Pusta,_Kaarel_Robert, lk 25
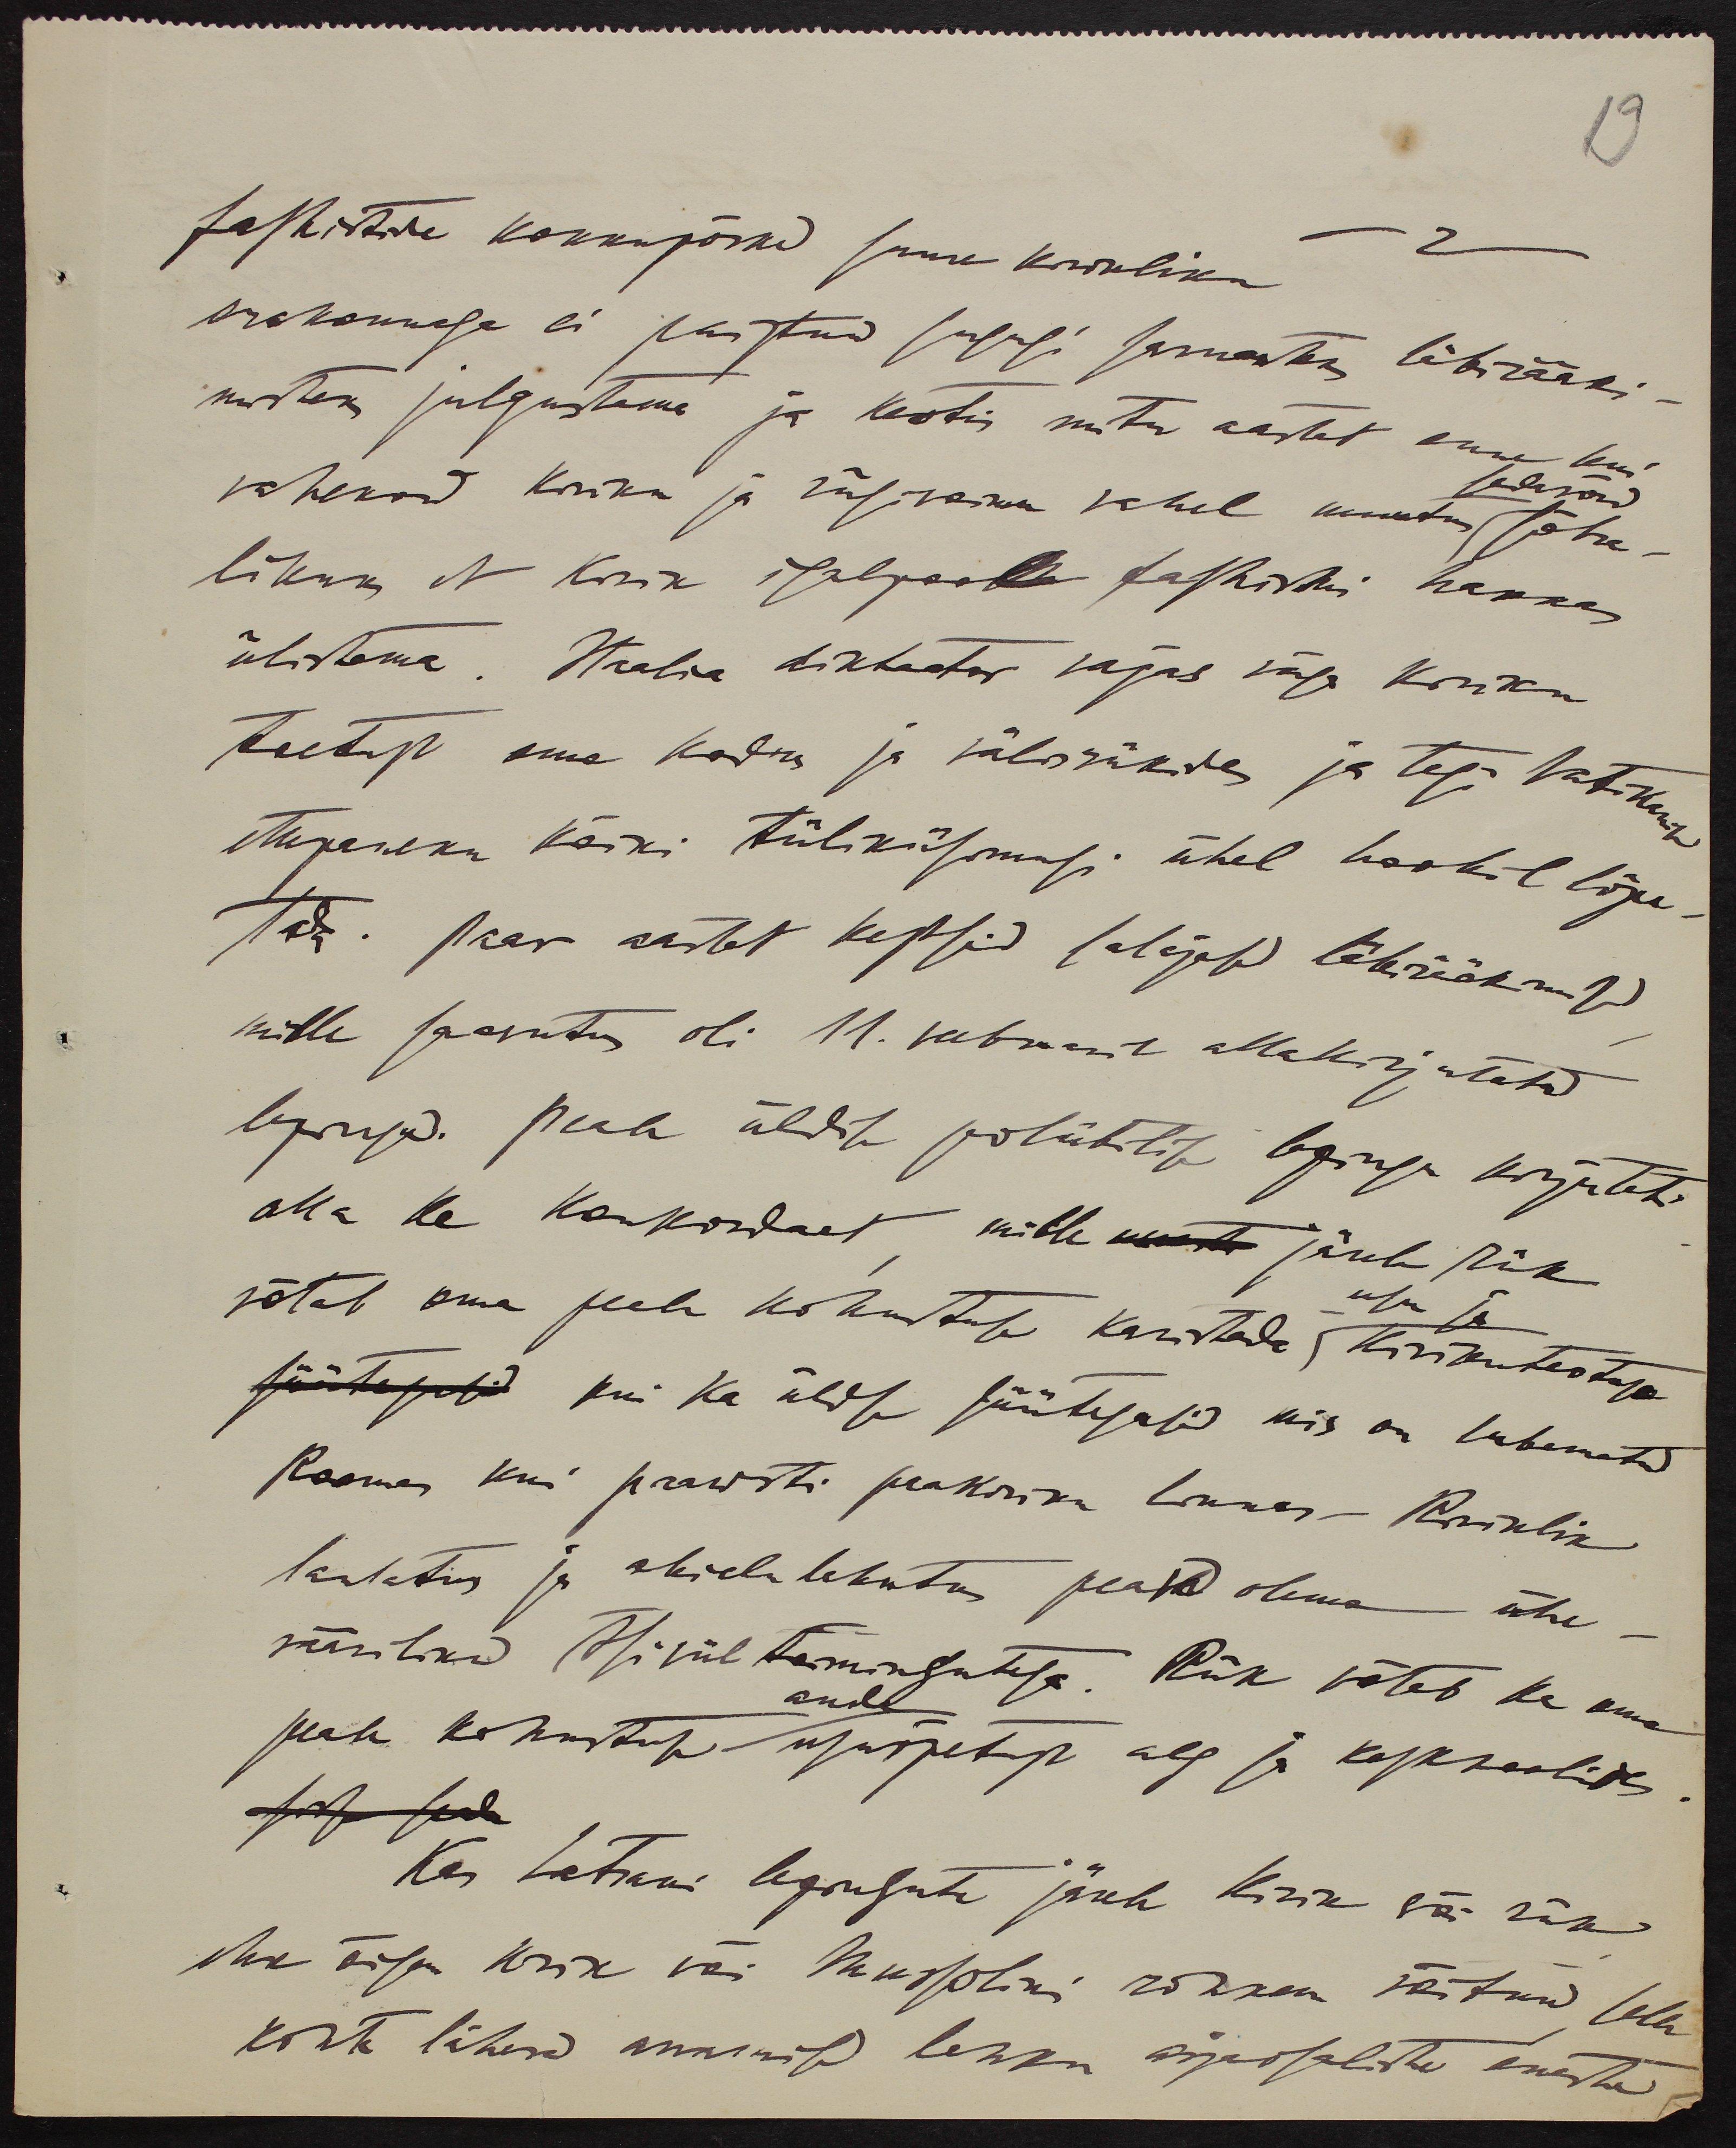
19

fashistide kokkupõrked suure kirikliku
erakonnaga ei paistnud sugugi sarnasteks läbirääki-
misteks julgustama ja kestis mitu aastat enne kui
sedavõrd
vahekord kiriku ja riigivõimu vahel muutus sõbra-
likuks et kirik igalpool fashismi hakkas
ülistama. Itaalia diktaator vajas väga kiriku
toetust oma kodus ja välisriikides ja tegi Vatikanile
ettepaneku kõiki tüliküsimusi ühel hoobil lõpe-
tada. Paar aastat kestsid salajased läbirääkimised
mille saavutus oli 11. veebruaril allakirjutatud
lepingud. Peale üldise poliitilise lepingu kirjutati
alla ka konkordaat mille wastu järele riik
usu ja
võtab oma peale kohustuse karistada kirikuteotuse
kui ka üldse süütegusid mis on lubamatud
Roomas kui paavsti peakiriku linnas Riiklik
laulatus ja abielu lahutus peavad olema ühe-
väärilised tsiviil toimingutega. Riik võtab ka oma
anda
peale kohustuse usuõpetust alg ja keskkoolides
Kas Laterani lepingute järele Kirik või riik
ehk õigem kirik või Mussolini rohkem võitnud selle
kohta lähevad arvamised lahku asjaosaliste eneste